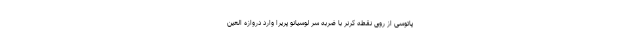
پاتوسی از روی نقطه کرنر با ضربه سر لوسیانو پریرا وارد دروازه العین